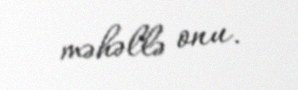
məhəllə onu.